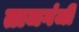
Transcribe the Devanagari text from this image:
ताजगंजी